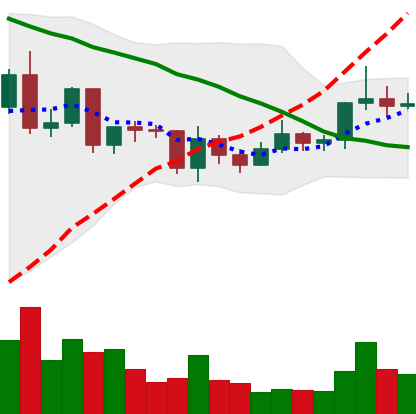
Ticker: ETC-USD
Chart end date: 2020-12-19
Forward return: -13.104%
Label: down_7plus